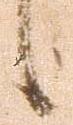
候